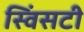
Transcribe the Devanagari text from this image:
स्विंसटी